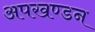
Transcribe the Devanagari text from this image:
अपखण्डन